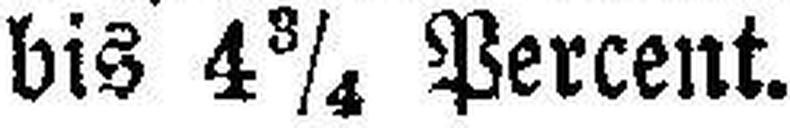
bis 4¾ Percent.